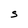
Character: S